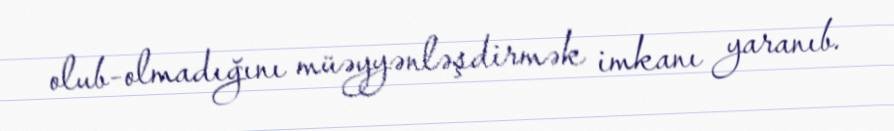
olub-olmadığını müəyyənləşdirmək imkanı yaranıb.